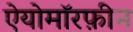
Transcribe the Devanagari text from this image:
ऐयोमॉरफ़ीन